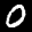
Label: 0